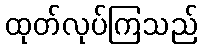
ထုတ်လုပ်ကြသည်